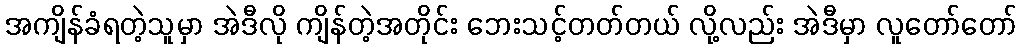
အကျိန်ခံရတဲ့သူမှာ အဲဒီလို ကျိန်တဲ့အတိုင်း ဘေးသင့်တတ်တယ် လို့လည်း အဲဒီမှာ လူတော်တော်